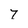
Character: 7